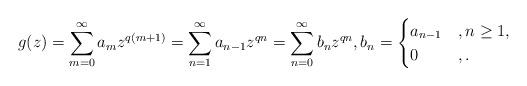
LaTeX: \begin{align*}g(z)=\sum_{m=0}^{\infty}a_mz^{q(m+1)}=\sum_{n=1}^{\infty}a_{n-1}z^{qn}=\sum_{n=0}^{\infty}b_nz^{qn},b_n=\begin{cases}a_{n-1}&, n\geq 1,\\0&, .\end{cases}\end{align*}